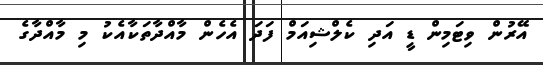
އޭރުން ވިޓަމިން ޑީ އަދި ކެލްޝިއަމް ފަދަ އެހެން މާއްދާތަކާއެކު މި މާއްދާގެ